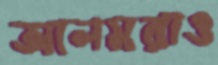
আলমরাও